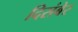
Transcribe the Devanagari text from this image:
दिसंबेर